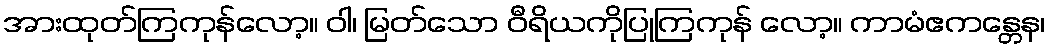
အားထုတ်ကြကုန်လော့။ ဝါ၊ မြတ်သော ဝီရိယကိုပြုကြကုန် လော့။ ကာမံဧကန္တေန၊